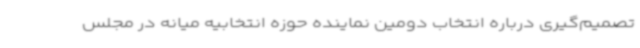
تصمیم‌گیری درباره انتخاب دومین نماینده حوزه انتخابیه میانه در مجلس